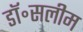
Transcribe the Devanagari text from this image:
डॉ॰सलीम